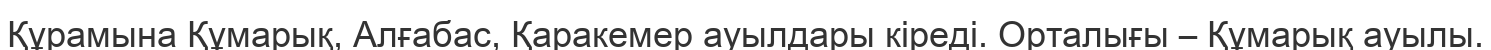
Құрамына Құмарық, Алғабас, Қаракемер ауылдары кіреді. Орталығы – Құмарық ауылы.